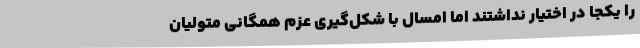
را یکجا در اختیار نداشتند اما امسال با شکل‌گیری عزم همگانی متولیان